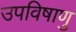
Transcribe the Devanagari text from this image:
उपविषाणु